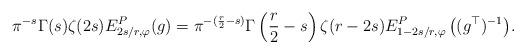
LaTeX: \begin{align*}\pi^{-s}\Gamma(s)\zeta(2s) E^P_{2s/r,\varphi}(g)=\pi^{-(\frac{r}{2}-s)}\Gamma\left(\frac{r}{2}-s\right)\zeta(r-2s) {E^P_{1-2s/r,\varphi}\left((g^\top)^{-1}\right)}.\end{align*}